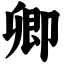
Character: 卿